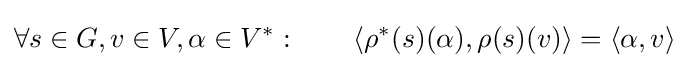
\forall s\in G,v\in V,\alpha \in V^{*}:\qquad \langle \rho ^{*}(s)(\alpha ),\rho (s)(v)\rangle =\langle \alpha ,v\rangle